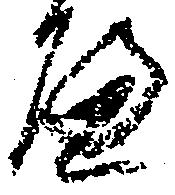
へ